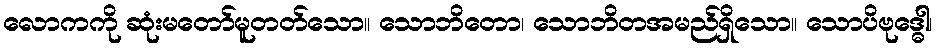
လောကကို ဆုံးမတော်မူတတ်သော။ သောဘိတော၊ သောဘိတအမည်ရှိသော။ သောပိဗုဒ္ဓေါ၊